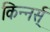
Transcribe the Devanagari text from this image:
किन्नर्स्